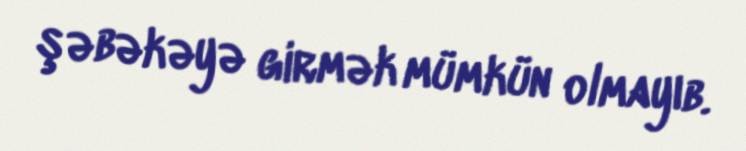
şəbəkəyə girmək mümkün olmayıb.